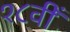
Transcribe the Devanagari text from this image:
१८वीँ